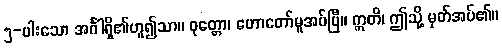
၅-ပါးသော အင်္ဂါရှိ၏ဟူ၍သာ။ ဝုတ္တော၊ ဟောတော်မူအပ်ပြီ။ ဣတိ၊ ဤသို့ မှတ်အပ်၏။